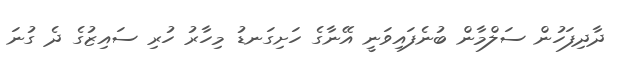
ދާދިފަހުން ސަލްމާން ބުނެފައިވަނީ އޭނާގެ ހަށިގަނޑު މިހާރު ހުރި ސައިޒުގެ ދެ ގުނަ